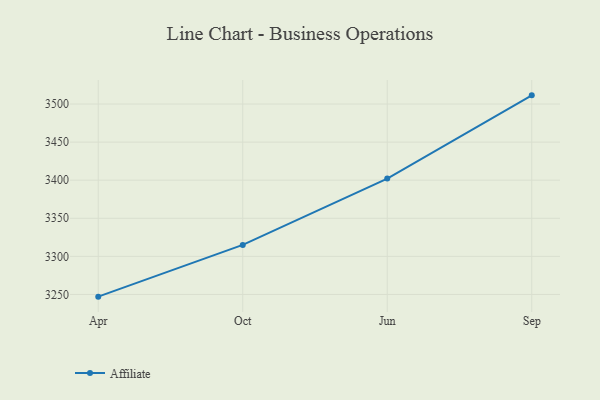
{"axis": {"x": "Month", "y": "LTV (USD)"}, "legend": ["Affiliate"], "data": [{"x": "Apr", "y": 3247.1, "type": "Affiliate"}, {"x": "Oct", "y": 3315.0, "type": "Affiliate"}, {"x": "Jun", "y": 3402.1, "type": "Affiliate"}, {"x": "Sep", "y": 3511.4, "type": "Affiliate"}]}